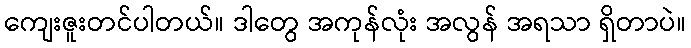
ကျေးဇူးတင်ပါတယ်။ ဒါတွေ အကုန်လုံး အလွန် အရသာ ရှိတာပဲ။